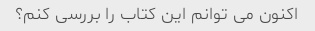
اکنون می توانم این کتاب را بررسی کنم؟